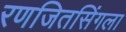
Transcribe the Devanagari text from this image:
रणजितसिंगला